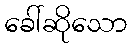
ခေါ်ဆိုသော